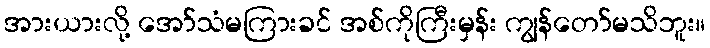
အားယားလို့ အော်သံမကြားခင် အစ်ကိုကြီးမှန်း ကျွန်တော်မသိဘူး။